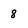
Character: 8